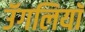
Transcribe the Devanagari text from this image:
उॅगलियाॅ